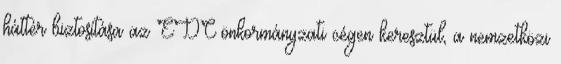
háttér biztosítása az EDC önkormányzati cégen keresztül, a nemzetközi